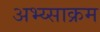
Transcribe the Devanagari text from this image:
अभ्य्साक्रम